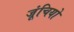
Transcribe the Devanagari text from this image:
जूंचियो